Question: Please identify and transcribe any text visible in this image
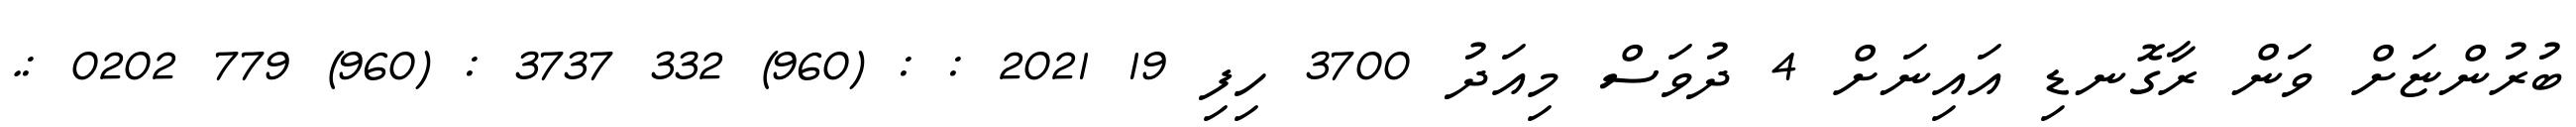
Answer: ބުރުންޏަށް ވަން ރާގޮނޑި އައިނަށް 4 ދުވަސް މިއަދު 3700 ހިފި 19 2021 : : (960) 332 3737 : (960) 779 0202 :.